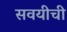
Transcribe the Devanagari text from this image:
सवयीची